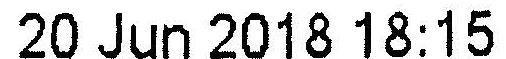
20 JUN 2018 18:15